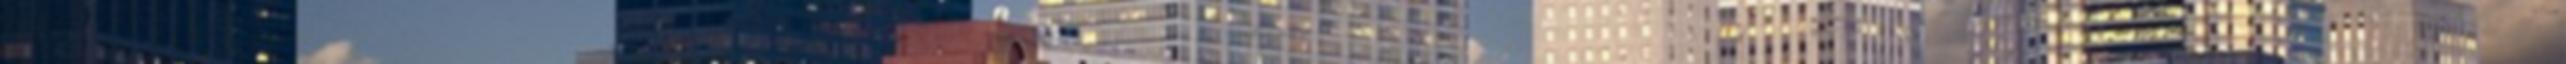
"mi" Sorosunk. Btw, definiálni kéne azt a "mi"-t. Továbbá